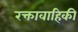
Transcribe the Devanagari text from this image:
रक्तावाहिकी